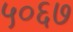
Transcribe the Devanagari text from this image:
५०६७